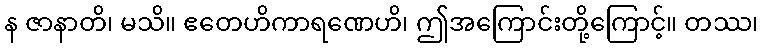
န ဇာနာတိ၊ မသိ။ ဧတေဟိကာရဏေဟိ၊ ဤအကြောင်းတို့ကြောင့်။ တဿ၊